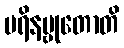
ပရိနဗ္ဗုတောတိ